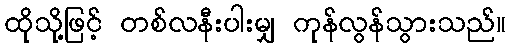
ထိုသို့ဖြင့် တစ်လနီးပါးမျှ ကုန်လွန်သွားသည်။